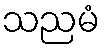
သညမံ